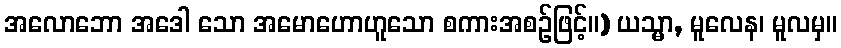
အလောဘော အဒေါ သော အမောဟောဟူသော စကားအစဉ်ဖြင့်။) ယသ္မာ, မူလေန၊ မူလမှ။